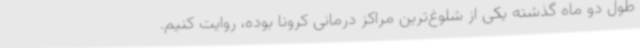
طول دو ماه گذشته یکی از شلوغ‌ترین مراکز درمانی کرونا بوده، روایت کنیم.